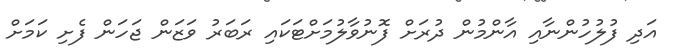
އަދި ފުލުހުންނާއި އާންމުން ދުރަށް ފޮނުވާލުމަށްޓަކައި ރަބަރު ވަޒަން ޖަހަން ފެށި ކަމަށް